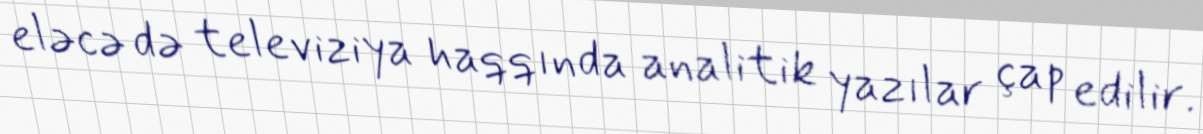
eləcə də televiziya haqqında analitik yazılar çap edilir.